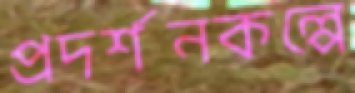
প্রদর্শনকল্পে